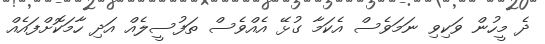
ދެ މީހުން ވަކިވި ނަމަވެސް އެކަމާ ގުޅޭ އެއްވެސް ތަފުސީލެއް އަދި ހާމަކޮށްފައެއް